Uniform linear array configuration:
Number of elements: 8
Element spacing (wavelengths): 1
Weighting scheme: exponential
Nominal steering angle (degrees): -15
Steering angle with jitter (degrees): -13.175
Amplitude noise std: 0.05
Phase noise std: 0.05

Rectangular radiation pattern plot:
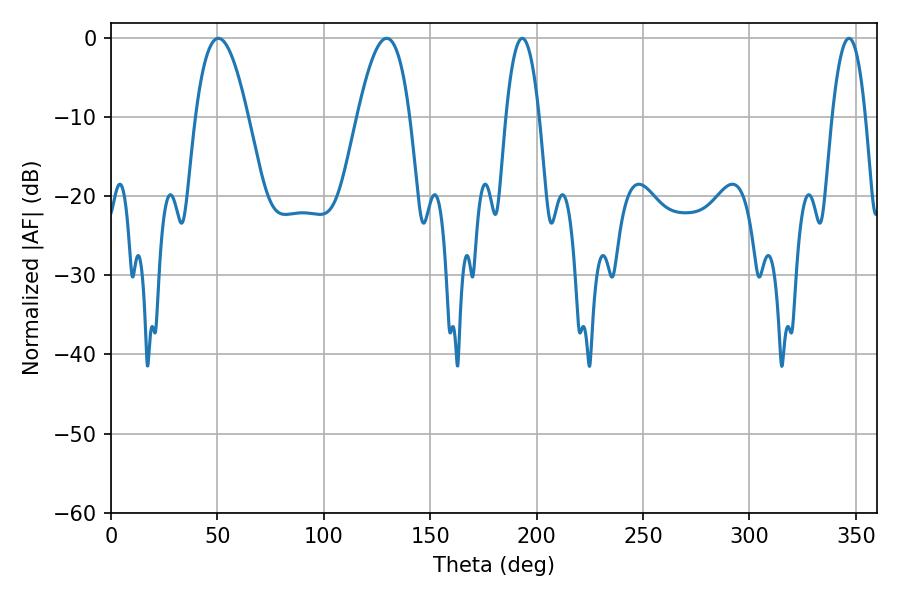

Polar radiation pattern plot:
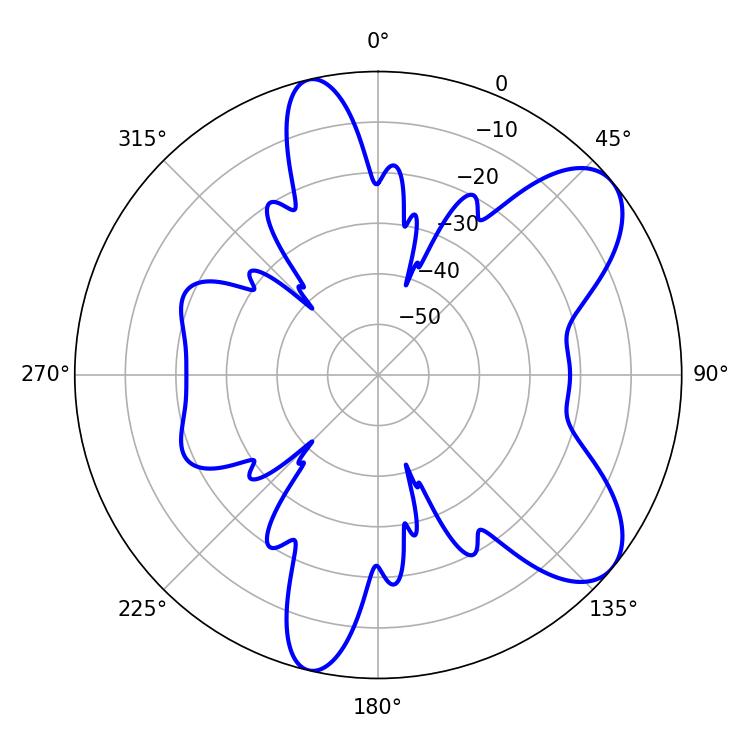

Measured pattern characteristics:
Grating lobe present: TRUE
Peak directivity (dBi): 8.013
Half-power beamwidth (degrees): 13.32
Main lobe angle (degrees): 50.4